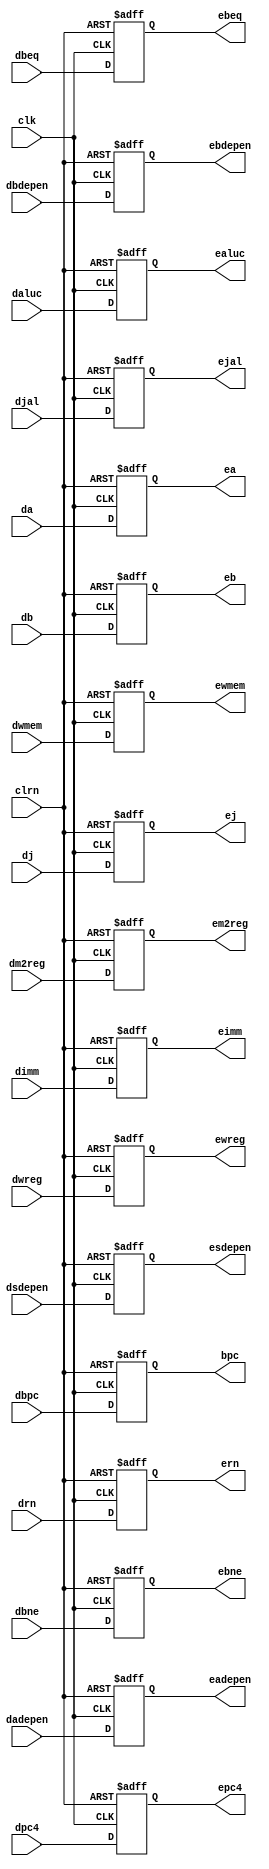
`timescale 1ns / 1ps
//////////////////////////////////////////////////////////////////////////////////
// Company: 
// Engineer: 
// 
// Design Name: 
// Module Name:    pipedereg 
// Project Name: 
// Target Devices: 
// Tool versions: 
// Description: 
//
// Dependencies: 
//
// Revision: 
// Revision 0.01 - File Created
// Additional Comments: 
//
//////////////////////////////////////////////////////////////////////////////////
module pipedereg(dwreg,dm2reg,dwmem,daluc,da,db,dimm,drn,
                 djal,dpc4,clk,clrn,ewreg,em2reg,ewmem,
					  ealuc,ea,eb,eimm,ern,ejal,epc4,
					  dadepen,dbdepen,eadepen,ebdepen,
					  dj,dbeq,dbne,ej,ebeq,ebne,
					  dsdepen,esdepen,
					  dbpc,bpc
    );
	 input [31:0] da,db,dimm,dpc4,dbpc;
	 input [4:0] drn;
	 input [4:0] daluc;
	 input dwreg,dm2reg,dwmem,djal,dj,dbeq,dbne;
	 input clk,clrn;
	 input [1:0] dadepen,dbdepen,dsdepen;
	 
	 output [31:0] ea,eb,eimm,epc4,bpc;
	 output [4:0] ern;
	 output [4:0] ealuc;
	 output ewreg,em2reg,ewmem,ejal,ej,ebeq,ebne;
	 output [1:0] eadepen,ebdepen,esdepen;
	 
	 reg [31:0] ea,eb,eimm,epc4,bpc;
	 reg [4:0] ern;
	 reg [4:0] ealuc;
	 reg [1:0] eadepen,ebdepen,esdepen;
	 reg ewreg,em2reg,ewmem,ejal,ej,ebeq,ebne;
	 always @(negedge clrn or posedge clk)
	     if(clrn==0)
		      begin
				    ewreg<=0;
					 em2reg<=0;
					 ewmem<=0;
					 ealuc<=0;
					 ea<=0;
					 eb<=0;
					 eimm<=0;
					 ern<=0;     
					 ejal<=0;
					 epc4<=0;
					 eadepen<=0;
					 ebdepen<=0;
					 ej<=0;
					 ebeq<=0;
					 ebne<=0;
					 esdepen<=0;
					 bpc<=0;
			   end
			else
			    begin
				    ewreg<=dwreg;
					 em2reg<=dm2reg;
					 ewmem<=dwmem;
					 ealuc<=daluc;
					 ea<=da;
					 eb<=db;
					 eimm<=dimm;
					 ern<=drn;      
					 ejal<=djal;
					 epc4<=dpc4;
					 eadepen<=dadepen;
					 ebdepen<=dbdepen;
					 ej<=dj;
					 ebeq<=dbeq;
					 ebne<=dbne;
					 esdepen<=dsdepen;
					 bpc<=dbpc;
				 end

endmodule